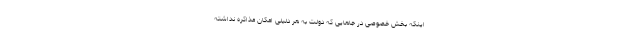
اینکه بخش خصوصی در جاهایی که دولت به هر دلیلی امکان مذاکره نداشته